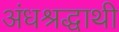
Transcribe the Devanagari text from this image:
अंधश्रद्धाथी